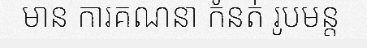
មាន ការគណនា កំនត់ រូបមន្ត